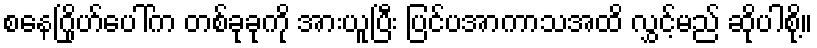
စနေဂြိုဟ်ပေါ်က တစ်ခုခုကို အားယူပြီး ပြင်ပအာကာသအထိ လွှင့်မည် ဆိုပါစို့။